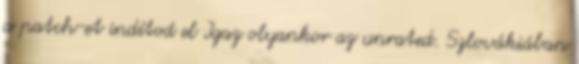
a patch-et indítod el Igaz olyankor az unrated. Szlovákiában